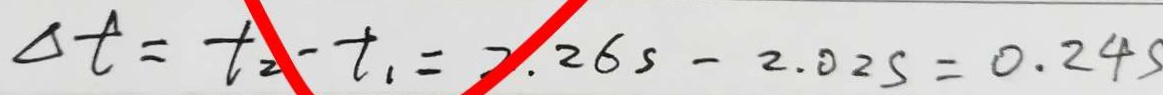
\Delta t = t _ { 2 } - t _ { 1 } = 2 . 2 6 s - 2 . 0 2 s = 0 . 2 4 s